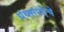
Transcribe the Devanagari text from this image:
ग्रंथसंपदेचे